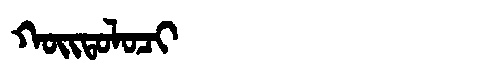
Manchu: ᡴᠣᡳᡨᠣᠯᠣᠴᡳ
Romanization: KOITOLOCI